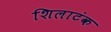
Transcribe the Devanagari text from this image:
शिलाटंक